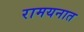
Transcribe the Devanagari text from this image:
रामयनात